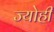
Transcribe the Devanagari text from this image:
ज्योहीं